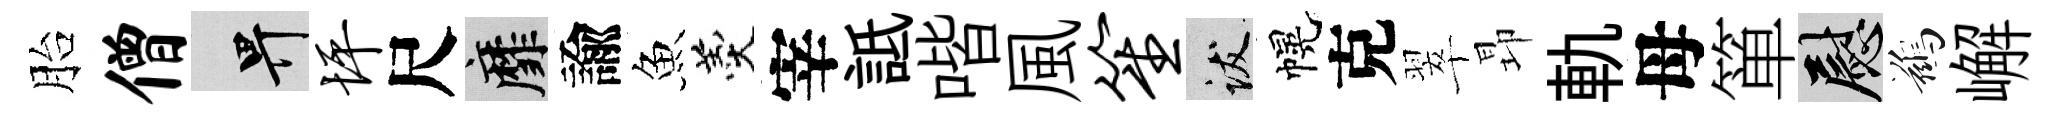
胎僧畀坪尺靡諭魚羹宰詆喈風笙跋幌克翠昻軌母箪慰鷀嶰